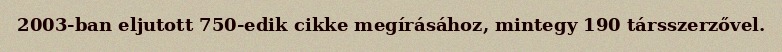
2003-ban eljutott 750-edik cikke megírásához, mintegy 190 társszerzővel.